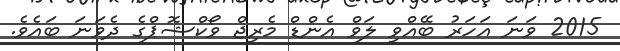
2015 ވަނަ އަހަރު ބޭއްވި ލަވް އެންޑް މެރިޖް ވޯކްޝޮޕްގެ ދެވަނަ ބައެވެ.